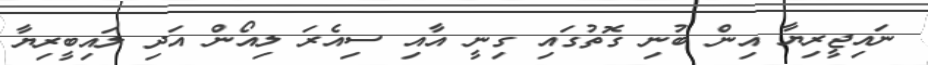
ނައިޖީރިޔާ އިން ބުނި ގޮތުގައި ގިނީ އާއި ސިއެރަ ލިއޯން އަދި ލައިބީރިޔާ